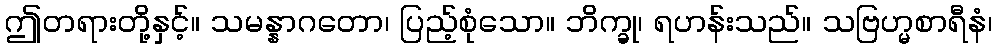
ဤတရားတို့နှင့်။ သမန္နာဂတော၊ ပြည့်စုံသော။ ဘိက္ခု၊ ရဟန်းသည်။ သဗြဟ္မစာရီနံ၊